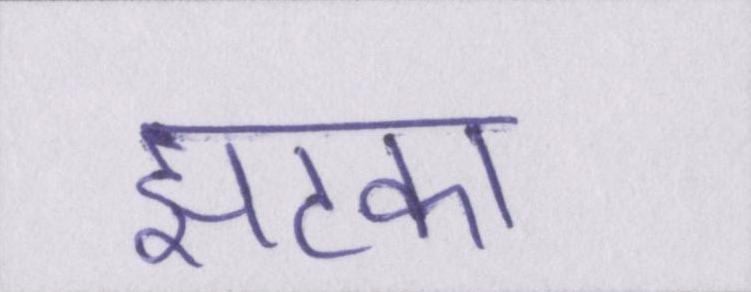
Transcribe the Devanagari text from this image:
झटका